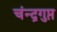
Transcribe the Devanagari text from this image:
चंन्द्रगुप्त